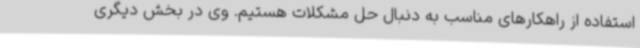
استفاده از راهکارهای مناسب به دنبال حل مشکلات هستیم. وی در بخش دیگری